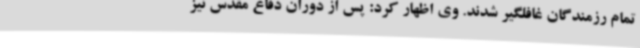
تمام رزمندگان غافلگیر شدند. وی اظهار کرد: پس از دوران دفاع مقدس نیز